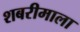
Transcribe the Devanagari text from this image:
शबरीमाला